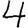
Digit: 4